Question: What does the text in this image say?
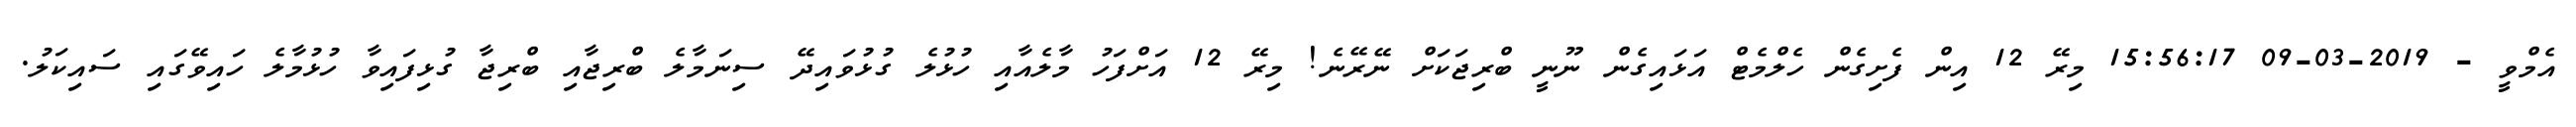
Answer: އެމްވީ - 2019-03-09 15:56:17 މިރޭ 12 އިން ފެށިގެން ހެލްމެޓް އަޅައިގެން ނޫނީ ބްރިޖަކަށް ނޭރޭނެ! މިރޭ 12 އަށްފަހު މާލެއާއި ހުޅުލެ ގުޅުވައިދޭ ސިނަމާލެ ބްރިޖާއި ބްރިޖާ ގުޅިފައިވާ ހުޅުމާލެ ހައިވޭގައި ސައިކަލު.